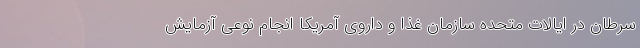
سرطان در ایالات متحده سازمان غذا و داروی آمریکا انجام نوعی آزمایش